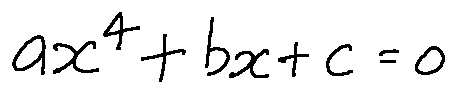
a x ^ { 4 } + b x + c = 0